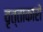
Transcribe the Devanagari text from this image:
वृत्ताकारों